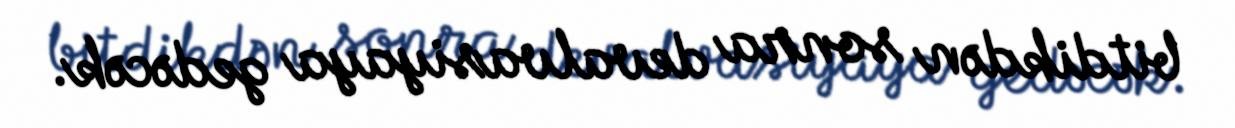
bitdikdən sonra devalvasiyaya gedəcək.